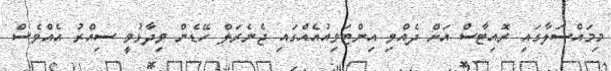
މިމައްސަލާގައި ރޮއިޓާސް އަށް ދެއްވި އިންޓަވިއުއެއްގައި ޖެނެރަލް ހޭޑެން ވިދާޅުވީ ސިއްރު އެއްވެސް